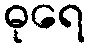
ဓုရေ